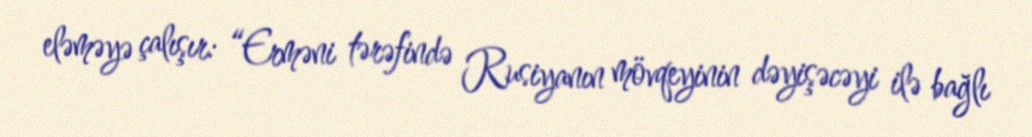
eləməyə çalışır: “Erməni tərəfində Rusiyanın mövqeyinin dəyişəcəyi ilə bağlı